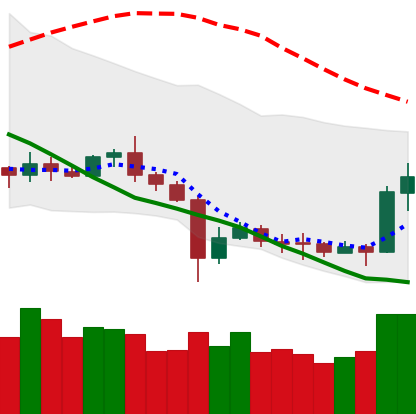
Ticker: ETC-USD
Chart end date: 2020-07-07
Forward return: 3.842%
Label: up_3_5